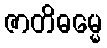
ဇာတိဓမ္မေ